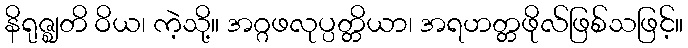
နိရုဇ္ဈတိ ဝိယ၊ ကဲ့သို့။ အဂ္ဂဖလုပ္ပတ္တိယာ၊ အရဟတ္တဖိုလ်ဖြစ်သဖြင့်။